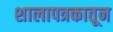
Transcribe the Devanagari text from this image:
शालापत्रकातून